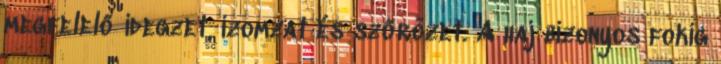
megfelelő idegzet, izomzat és szőrözet. A haj bizonyos fokig